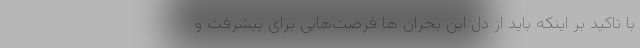
با تاکید بر اینکه باید از دل این بحران ها فرصت‌هایی برای پیشرفت و